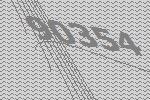
90354